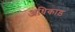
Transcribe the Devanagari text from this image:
अधिकाड़